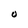
Character: 0